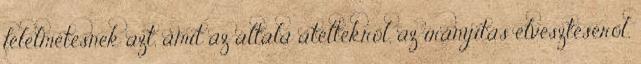
félelmetesnek azt, amit az általa átéltekről, az irányítás elvesztéséről,